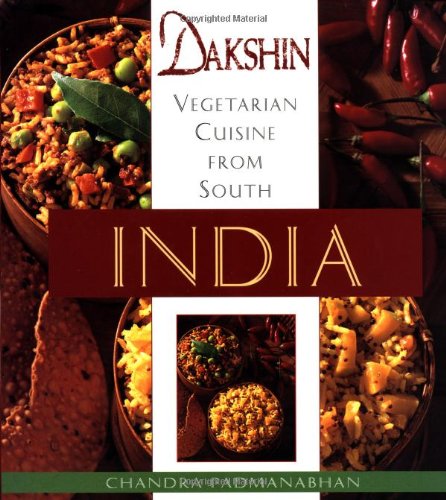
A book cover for Dakshin: Vegetarian Cuisine from South India; Chandra Padmanabhan; Cookbooks, Food & Wine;